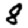
Digit: 8